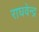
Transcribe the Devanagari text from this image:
राघवेन्‍द्र